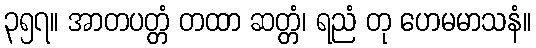
၃၅၇။ အာတပတ္တံ တထာ ဆတ္တံ၊ ရညံ တု ဟေမမာသနံ။